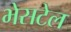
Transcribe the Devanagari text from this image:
भेसटेल